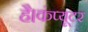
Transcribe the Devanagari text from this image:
है।कंप्यूटर